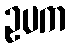
ဥပက